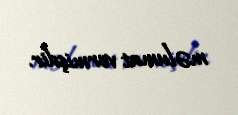
məlumat vermişdir.